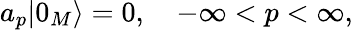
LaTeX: a_{p}|0_{M}\rangle=0,\quad-\infty<p<\infty,